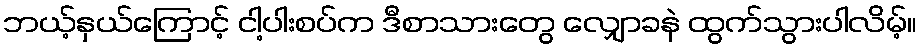
ဘယ့်နှယ်ကြောင့် ငါ့ပါးစပ်က ဒီစာသားတွေ လျှောခနဲ ထွက်သွားပါလိမ့်။